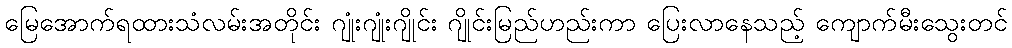
မြေအောက်ရထားသံလမ်းအတိုင်း ဂျုံးဂျုံးဂျိုင်း ဂျိုင်းမြည်ဟည်းကာ ပြေးလာနေသည့် ကျောက်မီးသွေးတင်